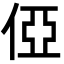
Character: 俹